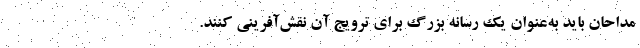
مداحان باید به‌عنوان یک رسانه بزرگ برای ترویج آن نقش‌آفرینی کنند.